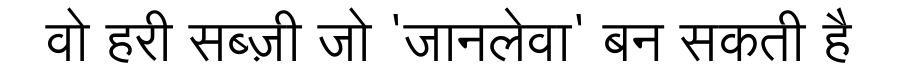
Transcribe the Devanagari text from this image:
वो हरी सब्ज़ी जो 'जानलेवा' बन सकती है